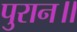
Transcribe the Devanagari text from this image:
पुरान॥